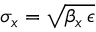
\sigma _ { x } = \sqrt { \beta _ { x } \, \epsilon }